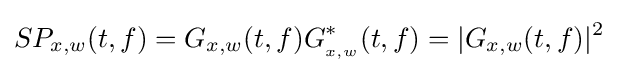
S{P_{x,w}}(t,f)={G_{x,w}}(t,f)G_{_{x,w}}^{*}(t,f)=|{G_{x,w}}(t,f)|^{2}